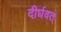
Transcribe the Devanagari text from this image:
दीर्घवत्‌